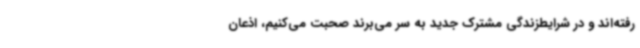
رفته‌اند و در شرایطزندگی مشترک جدید به سر می‌برند صحبت می‌کنیم، اذعان